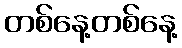
တစ်နေ့တစ်နေ့